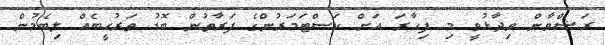
ރަޝްވާން ވިދާޅުވީ މި ފިހާރަ އަށް ކަސްޓަމަރުންގެ ފަރާތުން ބޮޑު ތަރުހީބެއް ލިބެމުން